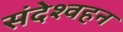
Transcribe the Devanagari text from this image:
संदेश्वहन